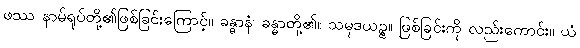
ဖဿ နာမ်ရုပ်တို့၏ဖြစ်ခြင်းကြောင့်။ ခန္ဓာနံ၊ ခန္ဓာတို့၏။ သမုဒယဉ္စ။ ဖြစ်ခြင်းကို လည်းကောင်း။ ယံ